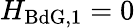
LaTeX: H_{\mathrm{BdG},1}=0